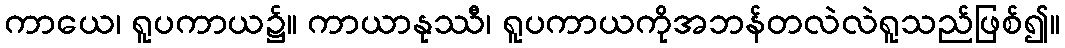
ကာယေ၊ ရူပကာယ၌။ ကာယာနုဿီ၊ ရူပကာယကိုအဘန်တလဲလဲရူသည်ဖြစ်၍။